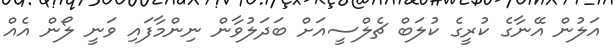
އަލުން އޭނާގެ ކުރީގެ ކުލަބް ޗެލްސީއަށް ބަދަލުވާން ނިންމާފައި ވަނީ ލޯން އެއް